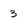
Character: 3